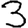
Digit: 3